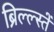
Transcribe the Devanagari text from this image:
ब्रिल्ल्स्तें